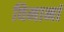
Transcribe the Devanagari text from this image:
विमानां